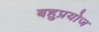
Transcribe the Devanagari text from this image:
बहुप्रयोज